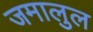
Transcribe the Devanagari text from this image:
जमालुल